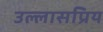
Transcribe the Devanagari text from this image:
उल्लासप्रिय